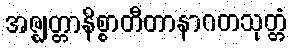
အဇ္ဈတ္တာနိစ္စာတီတာနာဂတသုတ္တံ